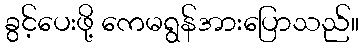
ခွင့်ပေးဖို့ ကေမရွန်အားပြောသည်။